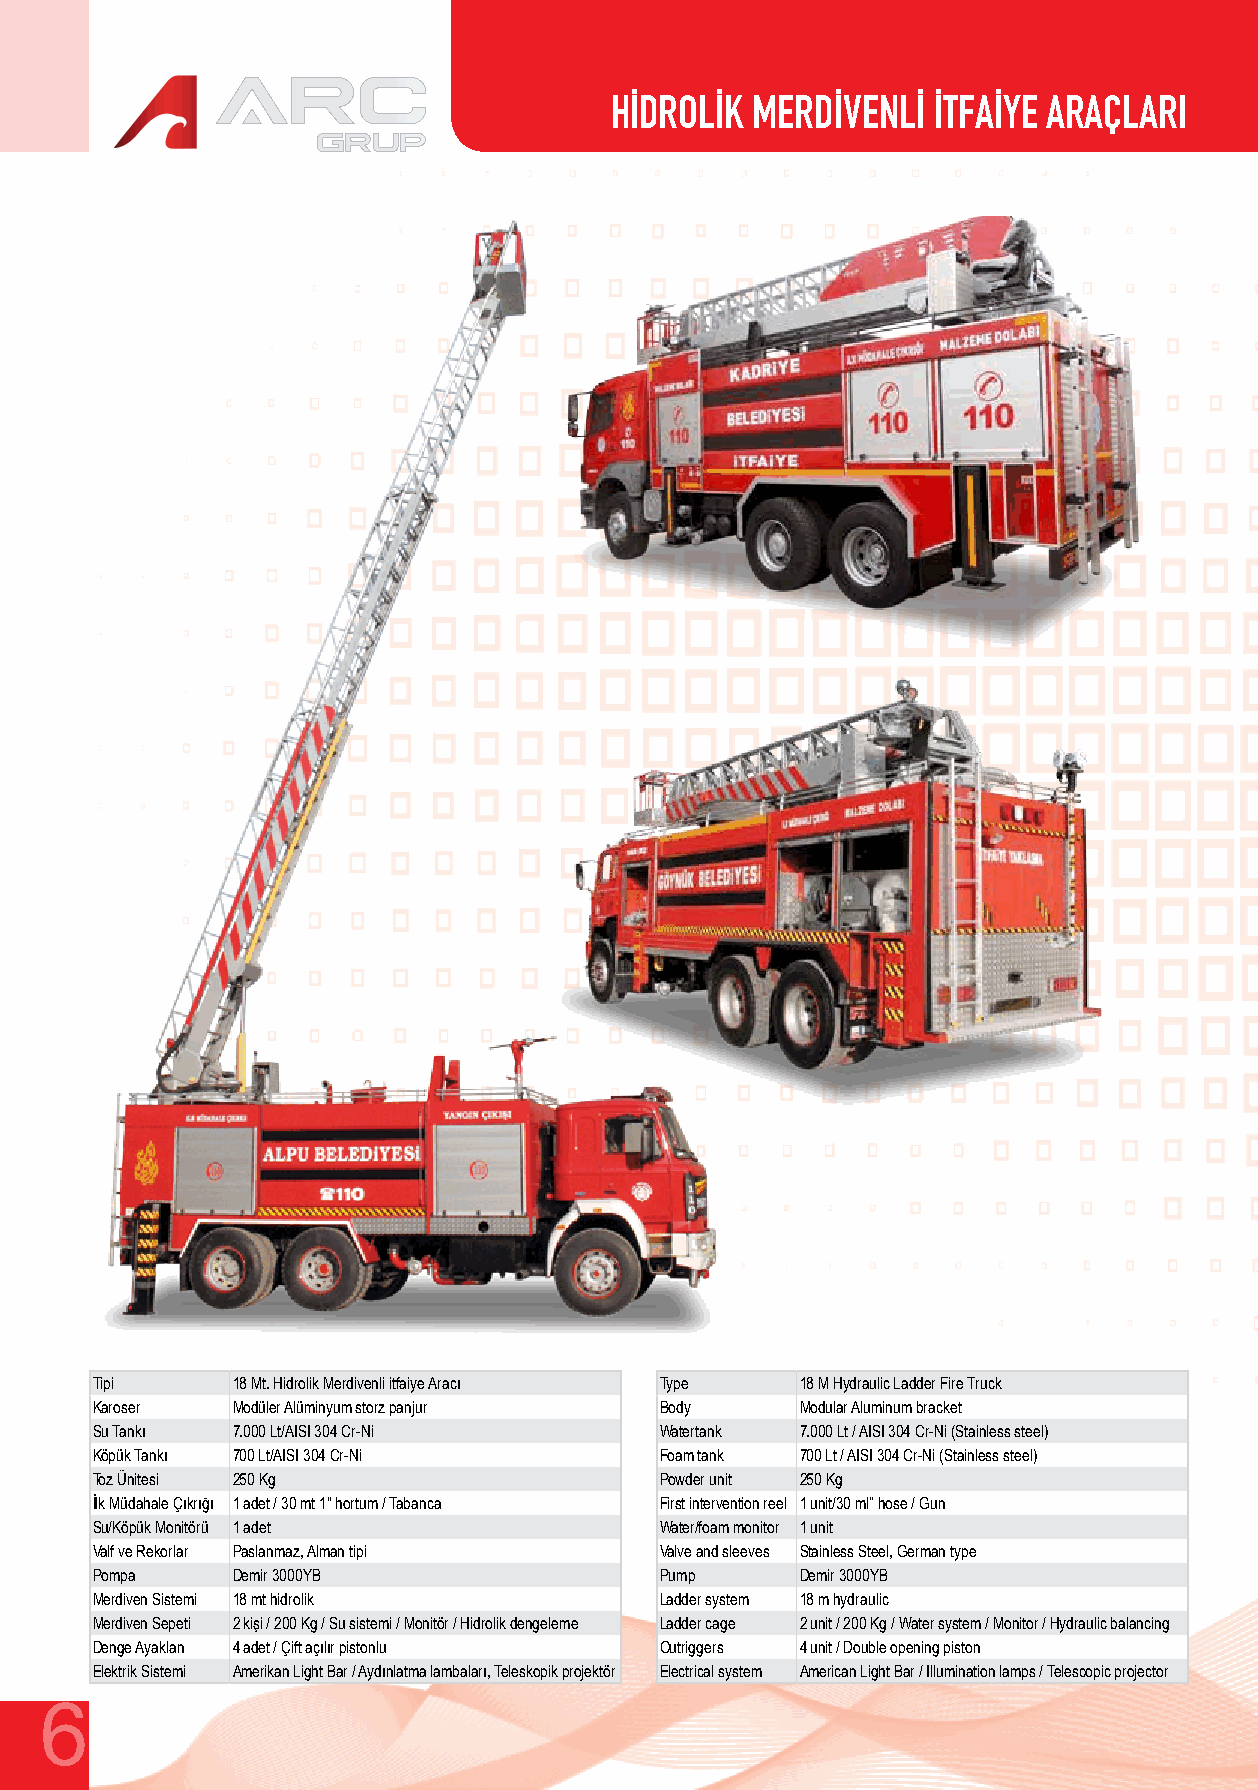
HİDROLİK  MERDİVENLİ  İTFAİYE ARAÇLARI
 Tipi     18 Mt. Hidrolik Merdivenli itfaiye Aracı Type 18 M Hydraulic Ladder Fire Truck
 Karoser  Modüler Alüminyum storz panjur Body   Modular Aluminum bracket
 Su Tankı 7.000 Lt/AISI 304 Cr-Ni      Watertank 7.000 Lt / AISI 304 Cr-Ni (Stainless steel)
 Köpük Tankı 700 Lt/AISI 304 Cr-Ni     Foam tank 700 Lt / AISI 304 Cr-Ni (Stainless steel)
 Toz Ünitesi 250 Kg                    Powder unit 250 Kg
 İlk Müdahale Çıkrığı 1 adet / 30 mt 1" hortum / Tabanca First intervention reel 1 unit/30 ml” hose / Gun
 Su/Köpük Monitörü 1 adet              Water/foam monitor 1 unit
 Valf ve Rekorlar Paslanmaz, Alman tipi Valve and sleeves Stainless Steel, German type
 Pompa    Demir 3000YB                 Pump     Demir 3000YB
 Merdiven Sistemi 18 mt hidrolik       Ladder system 18 m hydraulic
 Merdiven Sepeti 2 kişi / 200 Kg / Su sistemi / Monitör / Hidrolik dengeleme Ladder cage 2 unit / 200 Kg / Water system / Monitor / Hydraulic balancing
 Denge Ayaklan 4 adet / Çift açılır pistonlu Outriggers 4 unit / Double opening piston
 Elektrik Sistemi Amerikan Light Bar / Aydınlatma lambaları, Teleskopik projektör Electrical system American Light Bar / Illumination lamps / Telescopic projector
 6